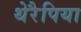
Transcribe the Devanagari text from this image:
थेरैपिया